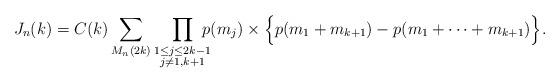
LaTeX: \begin{align*}{J_n(k)}&=C(k)\sum_{M_n(2k)}\prod_{\substack{1\leq j \leq 2k -1\\j\neq 1, k+1}}\!\!\!\! p(m_j)\times \Big\{p(m_1+m_{k +1}) - p(m_1 + \cdots +m_{k+1})\Big\}.\end{align*}